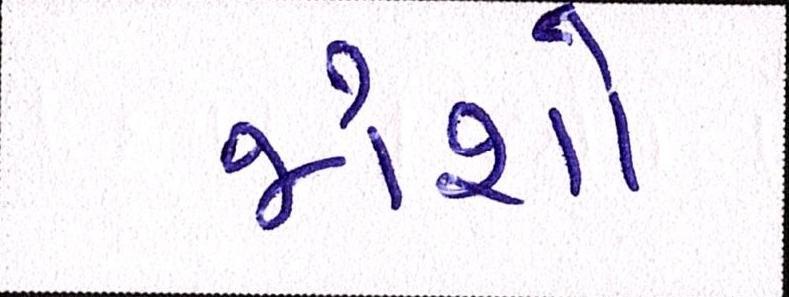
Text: જોશો